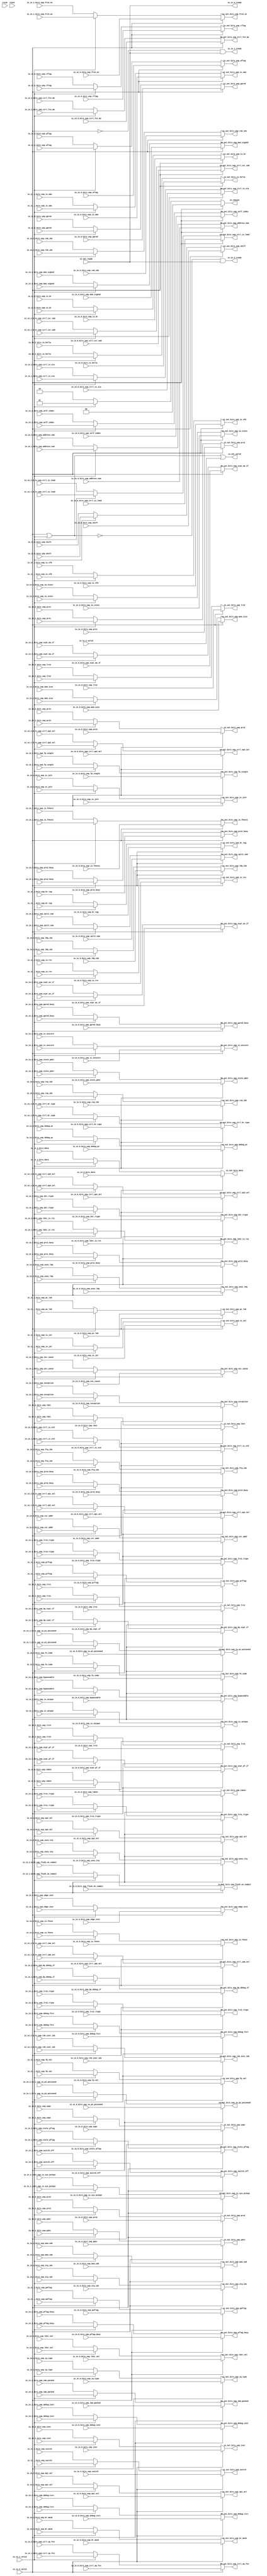
module Arbiter_6(
  input         clock,
  input         reset,
  output        io_in_0_ready,
  input         io_in_0_valid,
  input         io_in_0_bits_uop_switch,
  input         io_in_0_bits_uop_switch_off,
  input         io_in_0_bits_uop_is_unicore,
  input  [2:0]  io_in_0_bits_uop_shift,
  input  [1:0]  io_in_0_bits_uop_lrs3_rtype,
  input         io_in_0_bits_uop_rflag,
  input         io_in_0_bits_uop_wflag,
  input  [3:0]  io_in_0_bits_uop_prflag,
  input  [3:0]  io_in_0_bits_uop_pwflag,
  input         io_in_0_bits_uop_pflag_busy,
  input  [3:0]  io_in_0_bits_uop_stale_pflag,
  input  [3:0]  io_in_0_bits_uop_op1_sel,
  input  [3:0]  io_in_0_bits_uop_op2_sel,
  input  [5:0]  io_in_0_bits_uop_split_num,
  input  [5:0]  io_in_0_bits_uop_self_index,
  input  [5:0]  io_in_0_bits_uop_rob_inst_idx,
  input  [5:0]  io_in_0_bits_uop_address_num,
  input  [6:0]  io_in_0_bits_uop_uopc,
  input  [31:0] io_in_0_bits_uop_inst,
  input  [31:0] io_in_0_bits_uop_debug_inst,
  input         io_in_0_bits_uop_is_rvc,
  input  [39:0] io_in_0_bits_uop_debug_pc,
  input  [2:0]  io_in_0_bits_uop_iq_type,
  input  [9:0]  io_in_0_bits_uop_fu_code,
  input  [3:0]  io_in_0_bits_uop_ctrl_br_type,
  input  [1:0]  io_in_0_bits_uop_ctrl_op1_sel,
  input  [2:0]  io_in_0_bits_uop_ctrl_op2_sel,
  input  [2:0]  io_in_0_bits_uop_ctrl_imm_sel,
  input  [3:0]  io_in_0_bits_uop_ctrl_op_fcn,
  input         io_in_0_bits_uop_ctrl_fcn_dw,
  input  [2:0]  io_in_0_bits_uop_ctrl_csr_cmd,
  input         io_in_0_bits_uop_ctrl_is_load,
  input         io_in_0_bits_uop_ctrl_is_sta,
  input         io_in_0_bits_uop_ctrl_is_std,
  input  [1:0]  io_in_0_bits_uop_ctrl_op3_sel,
  input  [1:0]  io_in_0_bits_uop_iw_state,
  input         io_in_0_bits_uop_iw_p1_poisoned,
  input         io_in_0_bits_uop_iw_p2_poisoned,
  input         io_in_0_bits_uop_is_br,
  input         io_in_0_bits_uop_is_jalr,
  input         io_in_0_bits_uop_is_jal,
  input         io_in_0_bits_uop_is_sfb,
  input  [11:0] io_in_0_bits_uop_br_mask,
  input  [3:0]  io_in_0_bits_uop_br_tag,
  input  [4:0]  io_in_0_bits_uop_ftq_idx,
  input         io_in_0_bits_uop_edge_inst,
  input  [5:0]  io_in_0_bits_uop_pc_lob,
  input         io_in_0_bits_uop_taken,
  input  [19:0] io_in_0_bits_uop_imm_packed,
  input  [11:0] io_in_0_bits_uop_csr_addr,
  input  [5:0]  io_in_0_bits_uop_rob_idx,
  input  [4:0]  io_in_0_bits_uop_ldq_idx,
  input  [4:0]  io_in_0_bits_uop_stq_idx,
  input  [1:0]  io_in_0_bits_uop_rxq_idx,
  input  [6:0]  io_in_0_bits_uop_pdst,
  input  [6:0]  io_in_0_bits_uop_prs1,
  input  [6:0]  io_in_0_bits_uop_prs2,
  input  [6:0]  io_in_0_bits_uop_prs3,
  input  [4:0]  io_in_0_bits_uop_ppred,
  input         io_in_0_bits_uop_prs1_busy,
  input         io_in_0_bits_uop_prs2_busy,
  input         io_in_0_bits_uop_prs3_busy,
  input         io_in_0_bits_uop_ppred_busy,
  input  [6:0]  io_in_0_bits_uop_stale_pdst,
  input         io_in_0_bits_uop_exception,
  input  [63:0] io_in_0_bits_uop_exc_cause,
  input         io_in_0_bits_uop_bypassable,
  input  [4:0]  io_in_0_bits_uop_mem_cmd,
  input  [1:0]  io_in_0_bits_uop_mem_size,
  input         io_in_0_bits_uop_mem_signed,
  input         io_in_0_bits_uop_is_fence,
  input         io_in_0_bits_uop_is_fencei,
  input         io_in_0_bits_uop_is_amo,
  input         io_in_0_bits_uop_uses_ldq,
  input         io_in_0_bits_uop_uses_stq,
  input         io_in_0_bits_uop_is_sys_pc2epc,
  input         io_in_0_bits_uop_is_unique,
  input         io_in_0_bits_uop_flush_on_commit,
  input         io_in_0_bits_uop_ldst_is_rs1,
  input  [5:0]  io_in_0_bits_uop_ldst,
  input  [5:0]  io_in_0_bits_uop_lrs1,
  input  [5:0]  io_in_0_bits_uop_lrs2,
  input  [5:0]  io_in_0_bits_uop_lrs3,
  input         io_in_0_bits_uop_ldst_val,
  input  [1:0]  io_in_0_bits_uop_dst_rtype,
  input  [1:0]  io_in_0_bits_uop_lrs1_rtype,
  input  [1:0]  io_in_0_bits_uop_lrs2_rtype,
  input         io_in_0_bits_uop_frs3_en,
  input         io_in_0_bits_uop_fp_val,
  input         io_in_0_bits_uop_fp_single,
  input         io_in_0_bits_uop_xcpt_pf_if,
  input         io_in_0_bits_uop_xcpt_ae_if,
  input         io_in_0_bits_uop_xcpt_ma_if,
  input         io_in_0_bits_uop_bp_debug_if,
  input         io_in_0_bits_uop_bp_xcpt_if,
  input  [1:0]  io_in_0_bits_uop_debug_fsrc,
  input  [1:0]  io_in_0_bits_uop_debug_tsrc,
  input  [63:0] io_in_0_bits_data,
  input         io_in_0_bits_is_hella,
  output        io_in_1_ready,
  input         io_in_1_valid,
  input         io_in_1_bits_uop_switch,
  input         io_in_1_bits_uop_switch_off,
  input         io_in_1_bits_uop_is_unicore,
  input  [2:0]  io_in_1_bits_uop_shift,
  input  [1:0]  io_in_1_bits_uop_lrs3_rtype,
  input         io_in_1_bits_uop_rflag,
  input         io_in_1_bits_uop_wflag,
  input  [3:0]  io_in_1_bits_uop_prflag,
  input  [3:0]  io_in_1_bits_uop_pwflag,
  input         io_in_1_bits_uop_pflag_busy,
  input  [3:0]  io_in_1_bits_uop_stale_pflag,
  input  [3:0]  io_in_1_bits_uop_op1_sel,
  input  [3:0]  io_in_1_bits_uop_op2_sel,
  input  [5:0]  io_in_1_bits_uop_split_num,
  input  [5:0]  io_in_1_bits_uop_self_index,
  input  [5:0]  io_in_1_bits_uop_rob_inst_idx,
  input  [5:0]  io_in_1_bits_uop_address_num,
  input  [6:0]  io_in_1_bits_uop_uopc,
  input  [31:0] io_in_1_bits_uop_inst,
  input  [31:0] io_in_1_bits_uop_debug_inst,
  input         io_in_1_bits_uop_is_rvc,
  input  [39:0] io_in_1_bits_uop_debug_pc,
  input  [2:0]  io_in_1_bits_uop_iq_type,
  input  [9:0]  io_in_1_bits_uop_fu_code,
  input  [3:0]  io_in_1_bits_uop_ctrl_br_type,
  input  [1:0]  io_in_1_bits_uop_ctrl_op1_sel,
  input  [2:0]  io_in_1_bits_uop_ctrl_op2_sel,
  input  [2:0]  io_in_1_bits_uop_ctrl_imm_sel,
  input  [3:0]  io_in_1_bits_uop_ctrl_op_fcn,
  input         io_in_1_bits_uop_ctrl_fcn_dw,
  input  [2:0]  io_in_1_bits_uop_ctrl_csr_cmd,
  input         io_in_1_bits_uop_ctrl_is_load,
  input         io_in_1_bits_uop_ctrl_is_sta,
  input         io_in_1_bits_uop_ctrl_is_std,
  input  [1:0]  io_in_1_bits_uop_ctrl_op3_sel,
  input  [1:0]  io_in_1_bits_uop_iw_state,
  input         io_in_1_bits_uop_iw_p1_poisoned,
  input         io_in_1_bits_uop_iw_p2_poisoned,
  input         io_in_1_bits_uop_is_br,
  input         io_in_1_bits_uop_is_jalr,
  input         io_in_1_bits_uop_is_jal,
  input         io_in_1_bits_uop_is_sfb,
  input  [11:0] io_in_1_bits_uop_br_mask,
  input  [3:0]  io_in_1_bits_uop_br_tag,
  input  [4:0]  io_in_1_bits_uop_ftq_idx,
  input         io_in_1_bits_uop_edge_inst,
  input  [5:0]  io_in_1_bits_uop_pc_lob,
  input         io_in_1_bits_uop_taken,
  input  [19:0] io_in_1_bits_uop_imm_packed,
  input  [11:0] io_in_1_bits_uop_csr_addr,
  input  [5:0]  io_in_1_bits_uop_rob_idx,
  input  [4:0]  io_in_1_bits_uop_ldq_idx,
  input  [4:0]  io_in_1_bits_uop_stq_idx,
  input  [1:0]  io_in_1_bits_uop_rxq_idx,
  input  [6:0]  io_in_1_bits_uop_pdst,
  input  [6:0]  io_in_1_bits_uop_prs1,
  input  [6:0]  io_in_1_bits_uop_prs2,
  input  [6:0]  io_in_1_bits_uop_prs3,
  input  [4:0]  io_in_1_bits_uop_ppred,
  input         io_in_1_bits_uop_prs1_busy,
  input         io_in_1_bits_uop_prs2_busy,
  input         io_in_1_bits_uop_prs3_busy,
  input         io_in_1_bits_uop_ppred_busy,
  input  [6:0]  io_in_1_bits_uop_stale_pdst,
  input         io_in_1_bits_uop_exception,
  input  [63:0] io_in_1_bits_uop_exc_cause,
  input         io_in_1_bits_uop_bypassable,
  input  [4:0]  io_in_1_bits_uop_mem_cmd,
  input  [1:0]  io_in_1_bits_uop_mem_size,
  input         io_in_1_bits_uop_mem_signed,
  input         io_in_1_bits_uop_is_fence,
  input         io_in_1_bits_uop_is_fencei,
  input         io_in_1_bits_uop_is_amo,
  input         io_in_1_bits_uop_uses_ldq,
  input         io_in_1_bits_uop_uses_stq,
  input         io_in_1_bits_uop_is_sys_pc2epc,
  input         io_in_1_bits_uop_is_unique,
  input         io_in_1_bits_uop_flush_on_commit,
  input         io_in_1_bits_uop_ldst_is_rs1,
  input  [5:0]  io_in_1_bits_uop_ldst,
  input  [5:0]  io_in_1_bits_uop_lrs1,
  input  [5:0]  io_in_1_bits_uop_lrs2,
  input  [5:0]  io_in_1_bits_uop_lrs3,
  input         io_in_1_bits_uop_ldst_val,
  input  [1:0]  io_in_1_bits_uop_dst_rtype,
  input  [1:0]  io_in_1_bits_uop_lrs1_rtype,
  input  [1:0]  io_in_1_bits_uop_lrs2_rtype,
  input         io_in_1_bits_uop_frs3_en,
  input         io_in_1_bits_uop_fp_val,
  input         io_in_1_bits_uop_fp_single,
  input         io_in_1_bits_uop_xcpt_pf_if,
  input         io_in_1_bits_uop_xcpt_ae_if,
  input         io_in_1_bits_uop_xcpt_ma_if,
  input         io_in_1_bits_uop_bp_debug_if,
  input         io_in_1_bits_uop_bp_xcpt_if,
  input  [1:0]  io_in_1_bits_uop_debug_fsrc,
  input  [1:0]  io_in_1_bits_uop_debug_tsrc,
  input  [63:0] io_in_1_bits_data,
  input         io_in_1_bits_is_hella,
  output        io_in_2_ready,
  input         io_in_2_valid,
  input         io_in_2_bits_uop_switch,
  input         io_in_2_bits_uop_switch_off,
  input         io_in_2_bits_uop_is_unicore,
  input  [2:0]  io_in_2_bits_uop_shift,
  input  [1:0]  io_in_2_bits_uop_lrs3_rtype,
  input         io_in_2_bits_uop_rflag,
  input         io_in_2_bits_uop_wflag,
  input  [3:0]  io_in_2_bits_uop_prflag,
  input  [3:0]  io_in_2_bits_uop_pwflag,
  input         io_in_2_bits_uop_pflag_busy,
  input  [3:0]  io_in_2_bits_uop_stale_pflag,
  input  [3:0]  io_in_2_bits_uop_op1_sel,
  input  [3:0]  io_in_2_bits_uop_op2_sel,
  input  [5:0]  io_in_2_bits_uop_split_num,
  input  [5:0]  io_in_2_bits_uop_self_index,
  input  [5:0]  io_in_2_bits_uop_rob_inst_idx,
  input  [5:0]  io_in_2_bits_uop_address_num,
  input  [6:0]  io_in_2_bits_uop_uopc,
  input  [31:0] io_in_2_bits_uop_inst,
  input  [31:0] io_in_2_bits_uop_debug_inst,
  input         io_in_2_bits_uop_is_rvc,
  input  [39:0] io_in_2_bits_uop_debug_pc,
  input  [2:0]  io_in_2_bits_uop_iq_type,
  input  [9:0]  io_in_2_bits_uop_fu_code,
  input  [3:0]  io_in_2_bits_uop_ctrl_br_type,
  input  [1:0]  io_in_2_bits_uop_ctrl_op1_sel,
  input  [2:0]  io_in_2_bits_uop_ctrl_op2_sel,
  input  [2:0]  io_in_2_bits_uop_ctrl_imm_sel,
  input  [3:0]  io_in_2_bits_uop_ctrl_op_fcn,
  input         io_in_2_bits_uop_ctrl_fcn_dw,
  input  [2:0]  io_in_2_bits_uop_ctrl_csr_cmd,
  input         io_in_2_bits_uop_ctrl_is_load,
  input         io_in_2_bits_uop_ctrl_is_sta,
  input         io_in_2_bits_uop_ctrl_is_std,
  input  [1:0]  io_in_2_bits_uop_ctrl_op3_sel,
  input  [1:0]  io_in_2_bits_uop_iw_state,
  input         io_in_2_bits_uop_iw_p1_poisoned,
  input         io_in_2_bits_uop_iw_p2_poisoned,
  input         io_in_2_bits_uop_is_br,
  input         io_in_2_bits_uop_is_jalr,
  input         io_in_2_bits_uop_is_jal,
  input         io_in_2_bits_uop_is_sfb,
  input  [11:0] io_in_2_bits_uop_br_mask,
  input  [3:0]  io_in_2_bits_uop_br_tag,
  input  [4:0]  io_in_2_bits_uop_ftq_idx,
  input         io_in_2_bits_uop_edge_inst,
  input  [5:0]  io_in_2_bits_uop_pc_lob,
  input         io_in_2_bits_uop_taken,
  input  [19:0] io_in_2_bits_uop_imm_packed,
  input  [11:0] io_in_2_bits_uop_csr_addr,
  input  [5:0]  io_in_2_bits_uop_rob_idx,
  input  [4:0]  io_in_2_bits_uop_ldq_idx,
  input  [4:0]  io_in_2_bits_uop_stq_idx,
  input  [1:0]  io_in_2_bits_uop_rxq_idx,
  input  [6:0]  io_in_2_bits_uop_pdst,
  input  [6:0]  io_in_2_bits_uop_prs1,
  input  [6:0]  io_in_2_bits_uop_prs2,
  input  [6:0]  io_in_2_bits_uop_prs3,
  input  [4:0]  io_in_2_bits_uop_ppred,
  input         io_in_2_bits_uop_prs1_busy,
  input         io_in_2_bits_uop_prs2_busy,
  input         io_in_2_bits_uop_prs3_busy,
  input         io_in_2_bits_uop_ppred_busy,
  input  [6:0]  io_in_2_bits_uop_stale_pdst,
  input         io_in_2_bits_uop_exception,
  input  [63:0] io_in_2_bits_uop_exc_cause,
  input         io_in_2_bits_uop_bypassable,
  input  [4:0]  io_in_2_bits_uop_mem_cmd,
  input  [1:0]  io_in_2_bits_uop_mem_size,
  input         io_in_2_bits_uop_mem_signed,
  input         io_in_2_bits_uop_is_fence,
  input         io_in_2_bits_uop_is_fencei,
  input         io_in_2_bits_uop_is_amo,
  input         io_in_2_bits_uop_uses_ldq,
  input         io_in_2_bits_uop_uses_stq,
  input         io_in_2_bits_uop_is_sys_pc2epc,
  input         io_in_2_bits_uop_is_unique,
  input         io_in_2_bits_uop_flush_on_commit,
  input         io_in_2_bits_uop_ldst_is_rs1,
  input  [5:0]  io_in_2_bits_uop_ldst,
  input  [5:0]  io_in_2_bits_uop_lrs1,
  input  [5:0]  io_in_2_bits_uop_lrs2,
  input  [5:0]  io_in_2_bits_uop_lrs3,
  input         io_in_2_bits_uop_ldst_val,
  input  [1:0]  io_in_2_bits_uop_dst_rtype,
  input  [1:0]  io_in_2_bits_uop_lrs1_rtype,
  input  [1:0]  io_in_2_bits_uop_lrs2_rtype,
  input         io_in_2_bits_uop_frs3_en,
  input         io_in_2_bits_uop_fp_val,
  input         io_in_2_bits_uop_fp_single,
  input         io_in_2_bits_uop_xcpt_pf_if,
  input         io_in_2_bits_uop_xcpt_ae_if,
  input         io_in_2_bits_uop_xcpt_ma_if,
  input         io_in_2_bits_uop_bp_debug_if,
  input         io_in_2_bits_uop_bp_xcpt_if,
  input  [1:0]  io_in_2_bits_uop_debug_fsrc,
  input  [1:0]  io_in_2_bits_uop_debug_tsrc,
  input  [63:0] io_in_2_bits_data,
  input         io_in_2_bits_is_hella,
  input         io_out_ready,
  output        io_out_valid,
  output        io_out_bits_uop_switch,
  output        io_out_bits_uop_switch_off,
  output        io_out_bits_uop_is_unicore,
  output [2:0]  io_out_bits_uop_shift,
  output [1:0]  io_out_bits_uop_lrs3_rtype,
  output        io_out_bits_uop_rflag,
  output        io_out_bits_uop_wflag,
  output [3:0]  io_out_bits_uop_prflag,
  output [3:0]  io_out_bits_uop_pwflag,
  output        io_out_bits_uop_pflag_busy,
  output [3:0]  io_out_bits_uop_stale_pflag,
  output [3:0]  io_out_bits_uop_op1_sel,
  output [3:0]  io_out_bits_uop_op2_sel,
  output [5:0]  io_out_bits_uop_split_num,
  output [5:0]  io_out_bits_uop_self_index,
  output [5:0]  io_out_bits_uop_rob_inst_idx,
  output [5:0]  io_out_bits_uop_address_num,
  output [6:0]  io_out_bits_uop_uopc,
  output [31:0] io_out_bits_uop_inst,
  output [31:0] io_out_bits_uop_debug_inst,
  output        io_out_bits_uop_is_rvc,
  output [39:0] io_out_bits_uop_debug_pc,
  output [2:0]  io_out_bits_uop_iq_type,
  output [9:0]  io_out_bits_uop_fu_code,
  output [3:0]  io_out_bits_uop_ctrl_br_type,
  output [1:0]  io_out_bits_uop_ctrl_op1_sel,
  output [2:0]  io_out_bits_uop_ctrl_op2_sel,
  output [2:0]  io_out_bits_uop_ctrl_imm_sel,
  output [3:0]  io_out_bits_uop_ctrl_op_fcn,
  output        io_out_bits_uop_ctrl_fcn_dw,
  output [2:0]  io_out_bits_uop_ctrl_csr_cmd,
  output        io_out_bits_uop_ctrl_is_load,
  output        io_out_bits_uop_ctrl_is_sta,
  output        io_out_bits_uop_ctrl_is_std,
  output [1:0]  io_out_bits_uop_ctrl_op3_sel,
  output [1:0]  io_out_bits_uop_iw_state,
  output        io_out_bits_uop_iw_p1_poisoned,
  output        io_out_bits_uop_iw_p2_poisoned,
  output        io_out_bits_uop_is_br,
  output        io_out_bits_uop_is_jalr,
  output        io_out_bits_uop_is_jal,
  output        io_out_bits_uop_is_sfb,
  output [11:0] io_out_bits_uop_br_mask,
  output [3:0]  io_out_bits_uop_br_tag,
  output [4:0]  io_out_bits_uop_ftq_idx,
  output        io_out_bits_uop_edge_inst,
  output [5:0]  io_out_bits_uop_pc_lob,
  output        io_out_bits_uop_taken,
  output [19:0] io_out_bits_uop_imm_packed,
  output [11:0] io_out_bits_uop_csr_addr,
  output [5:0]  io_out_bits_uop_rob_idx,
  output [4:0]  io_out_bits_uop_ldq_idx,
  output [4:0]  io_out_bits_uop_stq_idx,
  output [1:0]  io_out_bits_uop_rxq_idx,
  output [6:0]  io_out_bits_uop_pdst,
  output [6:0]  io_out_bits_uop_prs1,
  output [6:0]  io_out_bits_uop_prs2,
  output [6:0]  io_out_bits_uop_prs3,
  output [4:0]  io_out_bits_uop_ppred,
  output        io_out_bits_uop_prs1_busy,
  output        io_out_bits_uop_prs2_busy,
  output        io_out_bits_uop_prs3_busy,
  output        io_out_bits_uop_ppred_busy,
  output [6:0]  io_out_bits_uop_stale_pdst,
  output        io_out_bits_uop_exception,
  output [63:0] io_out_bits_uop_exc_cause,
  output        io_out_bits_uop_bypassable,
  output [4:0]  io_out_bits_uop_mem_cmd,
  output [1:0]  io_out_bits_uop_mem_size,
  output        io_out_bits_uop_mem_signed,
  output        io_out_bits_uop_is_fence,
  output        io_out_bits_uop_is_fencei,
  output        io_out_bits_uop_is_amo,
  output        io_out_bits_uop_uses_ldq,
  output        io_out_bits_uop_uses_stq,
  output        io_out_bits_uop_is_sys_pc2epc,
  output        io_out_bits_uop_is_unique,
  output        io_out_bits_uop_flush_on_commit,
  output        io_out_bits_uop_ldst_is_rs1,
  output [5:0]  io_out_bits_uop_ldst,
  output [5:0]  io_out_bits_uop_lrs1,
  output [5:0]  io_out_bits_uop_lrs2,
  output [5:0]  io_out_bits_uop_lrs3,
  output        io_out_bits_uop_ldst_val,
  output [1:0]  io_out_bits_uop_dst_rtype,
  output [1:0]  io_out_bits_uop_lrs1_rtype,
  output [1:0]  io_out_bits_uop_lrs2_rtype,
  output        io_out_bits_uop_frs3_en,
  output        io_out_bits_uop_fp_val,
  output        io_out_bits_uop_fp_single,
  output        io_out_bits_uop_xcpt_pf_if,
  output        io_out_bits_uop_xcpt_ae_if,
  output        io_out_bits_uop_xcpt_ma_if,
  output        io_out_bits_uop_bp_debug_if,
  output        io_out_bits_uop_bp_xcpt_if,
  output [1:0]  io_out_bits_uop_debug_fsrc,
  output [1:0]  io_out_bits_uop_debug_tsrc,
  output [63:0] io_out_bits_data,
  output        io_out_bits_is_hella,
  output [1:0]  io_chosen
);
  wire [1:0] _GEN_0 = io_in_1_valid ? 2'h1 : 2'h2; // @[Arbiter.scala 126:27 Arbiter.scala 127:17 Arbiter.scala 123:13]
  wire  _GEN_1 = io_in_1_valid ? io_in_1_bits_is_hella : io_in_2_bits_is_hella; // @[Arbiter.scala 126:27 Arbiter.scala 128:19 Arbiter.scala 124:15]
  wire [63:0] _GEN_2 = io_in_1_valid ? io_in_1_bits_data : io_in_2_bits_data; // @[Arbiter.scala 126:27 Arbiter.scala 128:19 Arbiter.scala 124:15]
  wire [1:0] _GEN_3 = io_in_1_valid ? io_in_1_bits_uop_debug_tsrc : io_in_2_bits_uop_debug_tsrc; // @[Arbiter.scala 126:27 Arbiter.scala 128:19 Arbiter.scala 124:15]
  wire [1:0] _GEN_4 = io_in_1_valid ? io_in_1_bits_uop_debug_fsrc : io_in_2_bits_uop_debug_fsrc; // @[Arbiter.scala 126:27 Arbiter.scala 128:19 Arbiter.scala 124:15]
  wire  _GEN_5 = io_in_1_valid ? io_in_1_bits_uop_bp_xcpt_if : io_in_2_bits_uop_bp_xcpt_if; // @[Arbiter.scala 126:27 Arbiter.scala 128:19 Arbiter.scala 124:15]
  wire  _GEN_6 = io_in_1_valid ? io_in_1_bits_uop_bp_debug_if : io_in_2_bits_uop_bp_debug_if; // @[Arbiter.scala 126:27 Arbiter.scala 128:19 Arbiter.scala 124:15]
  wire  _GEN_7 = io_in_1_valid ? io_in_1_bits_uop_xcpt_ma_if : io_in_2_bits_uop_xcpt_ma_if; // @[Arbiter.scala 126:27 Arbiter.scala 128:19 Arbiter.scala 124:15]
  wire  _GEN_8 = io_in_1_valid ? io_in_1_bits_uop_xcpt_ae_if : io_in_2_bits_uop_xcpt_ae_if; // @[Arbiter.scala 126:27 Arbiter.scala 128:19 Arbiter.scala 124:15]
  wire  _GEN_9 = io_in_1_valid ? io_in_1_bits_uop_xcpt_pf_if : io_in_2_bits_uop_xcpt_pf_if; // @[Arbiter.scala 126:27 Arbiter.scala 128:19 Arbiter.scala 124:15]
  wire  _GEN_10 = io_in_1_valid ? io_in_1_bits_uop_fp_single : io_in_2_bits_uop_fp_single; // @[Arbiter.scala 126:27 Arbiter.scala 128:19 Arbiter.scala 124:15]
  wire  _GEN_11 = io_in_1_valid ? io_in_1_bits_uop_fp_val : io_in_2_bits_uop_fp_val; // @[Arbiter.scala 126:27 Arbiter.scala 128:19 Arbiter.scala 124:15]
  wire  _GEN_12 = io_in_1_valid ? io_in_1_bits_uop_frs3_en : io_in_2_bits_uop_frs3_en; // @[Arbiter.scala 126:27 Arbiter.scala 128:19 Arbiter.scala 124:15]
  wire [1:0] _GEN_13 = io_in_1_valid ? io_in_1_bits_uop_lrs2_rtype : io_in_2_bits_uop_lrs2_rtype; // @[Arbiter.scala 126:27 Arbiter.scala 128:19 Arbiter.scala 124:15]
  wire [1:0] _GEN_14 = io_in_1_valid ? io_in_1_bits_uop_lrs1_rtype : io_in_2_bits_uop_lrs1_rtype; // @[Arbiter.scala 126:27 Arbiter.scala 128:19 Arbiter.scala 124:15]
  wire [1:0] _GEN_15 = io_in_1_valid ? io_in_1_bits_uop_dst_rtype : io_in_2_bits_uop_dst_rtype; // @[Arbiter.scala 126:27 Arbiter.scala 128:19 Arbiter.scala 124:15]
  wire  _GEN_16 = io_in_1_valid ? io_in_1_bits_uop_ldst_val : io_in_2_bits_uop_ldst_val; // @[Arbiter.scala 126:27 Arbiter.scala 128:19 Arbiter.scala 124:15]
  wire [5:0] _GEN_17 = io_in_1_valid ? io_in_1_bits_uop_lrs3 : io_in_2_bits_uop_lrs3; // @[Arbiter.scala 126:27 Arbiter.scala 128:19 Arbiter.scala 124:15]
  wire [5:0] _GEN_18 = io_in_1_valid ? io_in_1_bits_uop_lrs2 : io_in_2_bits_uop_lrs2; // @[Arbiter.scala 126:27 Arbiter.scala 128:19 Arbiter.scala 124:15]
  wire [5:0] _GEN_19 = io_in_1_valid ? io_in_1_bits_uop_lrs1 : io_in_2_bits_uop_lrs1; // @[Arbiter.scala 126:27 Arbiter.scala 128:19 Arbiter.scala 124:15]
  wire [5:0] _GEN_20 = io_in_1_valid ? io_in_1_bits_uop_ldst : io_in_2_bits_uop_ldst; // @[Arbiter.scala 126:27 Arbiter.scala 128:19 Arbiter.scala 124:15]
  wire  _GEN_21 = io_in_1_valid ? io_in_1_bits_uop_ldst_is_rs1 : io_in_2_bits_uop_ldst_is_rs1; // @[Arbiter.scala 126:27 Arbiter.scala 128:19 Arbiter.scala 124:15]
  wire  _GEN_22 = io_in_1_valid ? io_in_1_bits_uop_flush_on_commit : io_in_2_bits_uop_flush_on_commit; // @[Arbiter.scala 126:27 Arbiter.scala 128:19 Arbiter.scala 124:15]
  wire  _GEN_23 = io_in_1_valid ? io_in_1_bits_uop_is_unique : io_in_2_bits_uop_is_unique; // @[Arbiter.scala 126:27 Arbiter.scala 128:19 Arbiter.scala 124:15]
  wire  _GEN_24 = io_in_1_valid ? io_in_1_bits_uop_is_sys_pc2epc : io_in_2_bits_uop_is_sys_pc2epc; // @[Arbiter.scala 126:27 Arbiter.scala 128:19 Arbiter.scala 124:15]
  wire  _GEN_25 = io_in_1_valid ? io_in_1_bits_uop_uses_stq : io_in_2_bits_uop_uses_stq; // @[Arbiter.scala 126:27 Arbiter.scala 128:19 Arbiter.scala 124:15]
  wire  _GEN_26 = io_in_1_valid ? io_in_1_bits_uop_uses_ldq : io_in_2_bits_uop_uses_ldq; // @[Arbiter.scala 126:27 Arbiter.scala 128:19 Arbiter.scala 124:15]
  wire  _GEN_27 = io_in_1_valid ? io_in_1_bits_uop_is_amo : io_in_2_bits_uop_is_amo; // @[Arbiter.scala 126:27 Arbiter.scala 128:19 Arbiter.scala 124:15]
  wire  _GEN_28 = io_in_1_valid ? io_in_1_bits_uop_is_fencei : io_in_2_bits_uop_is_fencei; // @[Arbiter.scala 126:27 Arbiter.scala 128:19 Arbiter.scala 124:15]
  wire  _GEN_29 = io_in_1_valid ? io_in_1_bits_uop_is_fence : io_in_2_bits_uop_is_fence; // @[Arbiter.scala 126:27 Arbiter.scala 128:19 Arbiter.scala 124:15]
  wire  _GEN_30 = io_in_1_valid ? io_in_1_bits_uop_mem_signed : io_in_2_bits_uop_mem_signed; // @[Arbiter.scala 126:27 Arbiter.scala 128:19 Arbiter.scala 124:15]
  wire [1:0] _GEN_31 = io_in_1_valid ? io_in_1_bits_uop_mem_size : io_in_2_bits_uop_mem_size; // @[Arbiter.scala 126:27 Arbiter.scala 128:19 Arbiter.scala 124:15]
  wire [4:0] _GEN_32 = io_in_1_valid ? io_in_1_bits_uop_mem_cmd : io_in_2_bits_uop_mem_cmd; // @[Arbiter.scala 126:27 Arbiter.scala 128:19 Arbiter.scala 124:15]
  wire  _GEN_33 = io_in_1_valid ? io_in_1_bits_uop_bypassable : io_in_2_bits_uop_bypassable; // @[Arbiter.scala 126:27 Arbiter.scala 128:19 Arbiter.scala 124:15]
  wire [63:0] _GEN_34 = io_in_1_valid ? io_in_1_bits_uop_exc_cause : io_in_2_bits_uop_exc_cause; // @[Arbiter.scala 126:27 Arbiter.scala 128:19 Arbiter.scala 124:15]
  wire  _GEN_35 = io_in_1_valid ? io_in_1_bits_uop_exception : io_in_2_bits_uop_exception; // @[Arbiter.scala 126:27 Arbiter.scala 128:19 Arbiter.scala 124:15]
  wire [6:0] _GEN_36 = io_in_1_valid ? io_in_1_bits_uop_stale_pdst : io_in_2_bits_uop_stale_pdst; // @[Arbiter.scala 126:27 Arbiter.scala 128:19 Arbiter.scala 124:15]
  wire  _GEN_37 = io_in_1_valid ? io_in_1_bits_uop_ppred_busy : io_in_2_bits_uop_ppred_busy; // @[Arbiter.scala 126:27 Arbiter.scala 128:19 Arbiter.scala 124:15]
  wire  _GEN_38 = io_in_1_valid ? io_in_1_bits_uop_prs3_busy : io_in_2_bits_uop_prs3_busy; // @[Arbiter.scala 126:27 Arbiter.scala 128:19 Arbiter.scala 124:15]
  wire  _GEN_39 = io_in_1_valid ? io_in_1_bits_uop_prs2_busy : io_in_2_bits_uop_prs2_busy; // @[Arbiter.scala 126:27 Arbiter.scala 128:19 Arbiter.scala 124:15]
  wire  _GEN_40 = io_in_1_valid ? io_in_1_bits_uop_prs1_busy : io_in_2_bits_uop_prs1_busy; // @[Arbiter.scala 126:27 Arbiter.scala 128:19 Arbiter.scala 124:15]
  wire [4:0] _GEN_41 = io_in_1_valid ? io_in_1_bits_uop_ppred : io_in_2_bits_uop_ppred; // @[Arbiter.scala 126:27 Arbiter.scala 128:19 Arbiter.scala 124:15]
  wire [6:0] _GEN_42 = io_in_1_valid ? io_in_1_bits_uop_prs3 : io_in_2_bits_uop_prs3; // @[Arbiter.scala 126:27 Arbiter.scala 128:19 Arbiter.scala 124:15]
  wire [6:0] _GEN_43 = io_in_1_valid ? io_in_1_bits_uop_prs2 : io_in_2_bits_uop_prs2; // @[Arbiter.scala 126:27 Arbiter.scala 128:19 Arbiter.scala 124:15]
  wire [6:0] _GEN_44 = io_in_1_valid ? io_in_1_bits_uop_prs1 : io_in_2_bits_uop_prs1; // @[Arbiter.scala 126:27 Arbiter.scala 128:19 Arbiter.scala 124:15]
  wire [6:0] _GEN_45 = io_in_1_valid ? io_in_1_bits_uop_pdst : io_in_2_bits_uop_pdst; // @[Arbiter.scala 126:27 Arbiter.scala 128:19 Arbiter.scala 124:15]
  wire [1:0] _GEN_46 = io_in_1_valid ? io_in_1_bits_uop_rxq_idx : io_in_2_bits_uop_rxq_idx; // @[Arbiter.scala 126:27 Arbiter.scala 128:19 Arbiter.scala 124:15]
  wire [4:0] _GEN_47 = io_in_1_valid ? io_in_1_bits_uop_stq_idx : io_in_2_bits_uop_stq_idx; // @[Arbiter.scala 126:27 Arbiter.scala 128:19 Arbiter.scala 124:15]
  wire [4:0] _GEN_48 = io_in_1_valid ? io_in_1_bits_uop_ldq_idx : io_in_2_bits_uop_ldq_idx; // @[Arbiter.scala 126:27 Arbiter.scala 128:19 Arbiter.scala 124:15]
  wire [5:0] _GEN_49 = io_in_1_valid ? io_in_1_bits_uop_rob_idx : io_in_2_bits_uop_rob_idx; // @[Arbiter.scala 126:27 Arbiter.scala 128:19 Arbiter.scala 124:15]
  wire [11:0] _GEN_50 = io_in_1_valid ? io_in_1_bits_uop_csr_addr : io_in_2_bits_uop_csr_addr; // @[Arbiter.scala 126:27 Arbiter.scala 128:19 Arbiter.scala 124:15]
  wire [19:0] _GEN_51 = io_in_1_valid ? io_in_1_bits_uop_imm_packed : io_in_2_bits_uop_imm_packed; // @[Arbiter.scala 126:27 Arbiter.scala 128:19 Arbiter.scala 124:15]
  wire  _GEN_52 = io_in_1_valid ? io_in_1_bits_uop_taken : io_in_2_bits_uop_taken; // @[Arbiter.scala 126:27 Arbiter.scala 128:19 Arbiter.scala 124:15]
  wire [5:0] _GEN_53 = io_in_1_valid ? io_in_1_bits_uop_pc_lob : io_in_2_bits_uop_pc_lob; // @[Arbiter.scala 126:27 Arbiter.scala 128:19 Arbiter.scala 124:15]
  wire  _GEN_54 = io_in_1_valid ? io_in_1_bits_uop_edge_inst : io_in_2_bits_uop_edge_inst; // @[Arbiter.scala 126:27 Arbiter.scala 128:19 Arbiter.scala 124:15]
  wire [4:0] _GEN_55 = io_in_1_valid ? io_in_1_bits_uop_ftq_idx : io_in_2_bits_uop_ftq_idx; // @[Arbiter.scala 126:27 Arbiter.scala 128:19 Arbiter.scala 124:15]
  wire [3:0] _GEN_56 = io_in_1_valid ? io_in_1_bits_uop_br_tag : io_in_2_bits_uop_br_tag; // @[Arbiter.scala 126:27 Arbiter.scala 128:19 Arbiter.scala 124:15]
  wire [11:0] _GEN_57 = io_in_1_valid ? io_in_1_bits_uop_br_mask : io_in_2_bits_uop_br_mask; // @[Arbiter.scala 126:27 Arbiter.scala 128:19 Arbiter.scala 124:15]
  wire  _GEN_58 = io_in_1_valid ? io_in_1_bits_uop_is_sfb : io_in_2_bits_uop_is_sfb; // @[Arbiter.scala 126:27 Arbiter.scala 128:19 Arbiter.scala 124:15]
  wire  _GEN_59 = io_in_1_valid ? io_in_1_bits_uop_is_jal : io_in_2_bits_uop_is_jal; // @[Arbiter.scala 126:27 Arbiter.scala 128:19 Arbiter.scala 124:15]
  wire  _GEN_60 = io_in_1_valid ? io_in_1_bits_uop_is_jalr : io_in_2_bits_uop_is_jalr; // @[Arbiter.scala 126:27 Arbiter.scala 128:19 Arbiter.scala 124:15]
  wire  _GEN_61 = io_in_1_valid ? io_in_1_bits_uop_is_br : io_in_2_bits_uop_is_br; // @[Arbiter.scala 126:27 Arbiter.scala 128:19 Arbiter.scala 124:15]
  wire  _GEN_62 = io_in_1_valid ? io_in_1_bits_uop_iw_p2_poisoned : io_in_2_bits_uop_iw_p2_poisoned; // @[Arbiter.scala 126:27 Arbiter.scala 128:19 Arbiter.scala 124:15]
  wire  _GEN_63 = io_in_1_valid ? io_in_1_bits_uop_iw_p1_poisoned : io_in_2_bits_uop_iw_p1_poisoned; // @[Arbiter.scala 126:27 Arbiter.scala 128:19 Arbiter.scala 124:15]
  wire [1:0] _GEN_64 = io_in_1_valid ? io_in_1_bits_uop_iw_state : io_in_2_bits_uop_iw_state; // @[Arbiter.scala 126:27 Arbiter.scala 128:19 Arbiter.scala 124:15]
  wire [1:0] _GEN_65 = io_in_1_valid ? io_in_1_bits_uop_ctrl_op3_sel : io_in_2_bits_uop_ctrl_op3_sel; // @[Arbiter.scala 126:27 Arbiter.scala 128:19 Arbiter.scala 124:15]
  wire  _GEN_66 = io_in_1_valid ? io_in_1_bits_uop_ctrl_is_std : io_in_2_bits_uop_ctrl_is_std; // @[Arbiter.scala 126:27 Arbiter.scala 128:19 Arbiter.scala 124:15]
  wire  _GEN_67 = io_in_1_valid ? io_in_1_bits_uop_ctrl_is_sta : io_in_2_bits_uop_ctrl_is_sta; // @[Arbiter.scala 126:27 Arbiter.scala 128:19 Arbiter.scala 124:15]
  wire  _GEN_68 = io_in_1_valid ? io_in_1_bits_uop_ctrl_is_load : io_in_2_bits_uop_ctrl_is_load; // @[Arbiter.scala 126:27 Arbiter.scala 128:19 Arbiter.scala 124:15]
  wire [2:0] _GEN_69 = io_in_1_valid ? io_in_1_bits_uop_ctrl_csr_cmd : io_in_2_bits_uop_ctrl_csr_cmd; // @[Arbiter.scala 126:27 Arbiter.scala 128:19 Arbiter.scala 124:15]
  wire  _GEN_70 = io_in_1_valid ? io_in_1_bits_uop_ctrl_fcn_dw : io_in_2_bits_uop_ctrl_fcn_dw; // @[Arbiter.scala 126:27 Arbiter.scala 128:19 Arbiter.scala 124:15]
  wire [3:0] _GEN_71 = io_in_1_valid ? io_in_1_bits_uop_ctrl_op_fcn : io_in_2_bits_uop_ctrl_op_fcn; // @[Arbiter.scala 126:27 Arbiter.scala 128:19 Arbiter.scala 124:15]
  wire [2:0] _GEN_72 = io_in_1_valid ? io_in_1_bits_uop_ctrl_imm_sel : io_in_2_bits_uop_ctrl_imm_sel; // @[Arbiter.scala 126:27 Arbiter.scala 128:19 Arbiter.scala 124:15]
  wire [2:0] _GEN_73 = io_in_1_valid ? io_in_1_bits_uop_ctrl_op2_sel : io_in_2_bits_uop_ctrl_op2_sel; // @[Arbiter.scala 126:27 Arbiter.scala 128:19 Arbiter.scala 124:15]
  wire [1:0] _GEN_74 = io_in_1_valid ? io_in_1_bits_uop_ctrl_op1_sel : io_in_2_bits_uop_ctrl_op1_sel; // @[Arbiter.scala 126:27 Arbiter.scala 128:19 Arbiter.scala 124:15]
  wire [3:0] _GEN_75 = io_in_1_valid ? io_in_1_bits_uop_ctrl_br_type : io_in_2_bits_uop_ctrl_br_type; // @[Arbiter.scala 126:27 Arbiter.scala 128:19 Arbiter.scala 124:15]
  wire [9:0] _GEN_76 = io_in_1_valid ? io_in_1_bits_uop_fu_code : io_in_2_bits_uop_fu_code; // @[Arbiter.scala 126:27 Arbiter.scala 128:19 Arbiter.scala 124:15]
  wire [2:0] _GEN_77 = io_in_1_valid ? io_in_1_bits_uop_iq_type : io_in_2_bits_uop_iq_type; // @[Arbiter.scala 126:27 Arbiter.scala 128:19 Arbiter.scala 124:15]
  wire [39:0] _GEN_78 = io_in_1_valid ? io_in_1_bits_uop_debug_pc : io_in_2_bits_uop_debug_pc; // @[Arbiter.scala 126:27 Arbiter.scala 128:19 Arbiter.scala 124:15]
  wire  _GEN_79 = io_in_1_valid ? io_in_1_bits_uop_is_rvc : io_in_2_bits_uop_is_rvc; // @[Arbiter.scala 126:27 Arbiter.scala 128:19 Arbiter.scala 124:15]
  wire [31:0] _GEN_80 = io_in_1_valid ? io_in_1_bits_uop_debug_inst : io_in_2_bits_uop_debug_inst; // @[Arbiter.scala 126:27 Arbiter.scala 128:19 Arbiter.scala 124:15]
  wire [31:0] _GEN_81 = io_in_1_valid ? io_in_1_bits_uop_inst : io_in_2_bits_uop_inst; // @[Arbiter.scala 126:27 Arbiter.scala 128:19 Arbiter.scala 124:15]
  wire [6:0] _GEN_82 = io_in_1_valid ? io_in_1_bits_uop_uopc : io_in_2_bits_uop_uopc; // @[Arbiter.scala 126:27 Arbiter.scala 128:19 Arbiter.scala 124:15]
  wire [5:0] _GEN_83 = io_in_1_valid ? io_in_1_bits_uop_address_num : io_in_2_bits_uop_address_num; // @[Arbiter.scala 126:27 Arbiter.scala 128:19 Arbiter.scala 124:15]
  wire [5:0] _GEN_84 = io_in_1_valid ? io_in_1_bits_uop_rob_inst_idx : io_in_2_bits_uop_rob_inst_idx; // @[Arbiter.scala 126:27 Arbiter.scala 128:19 Arbiter.scala 124:15]
  wire [5:0] _GEN_85 = io_in_1_valid ? io_in_1_bits_uop_self_index : io_in_2_bits_uop_self_index; // @[Arbiter.scala 126:27 Arbiter.scala 128:19 Arbiter.scala 124:15]
  wire [5:0] _GEN_86 = io_in_1_valid ? io_in_1_bits_uop_split_num : io_in_2_bits_uop_split_num; // @[Arbiter.scala 126:27 Arbiter.scala 128:19 Arbiter.scala 124:15]
  wire [3:0] _GEN_87 = io_in_1_valid ? io_in_1_bits_uop_op2_sel : io_in_2_bits_uop_op2_sel; // @[Arbiter.scala 126:27 Arbiter.scala 128:19 Arbiter.scala 124:15]
  wire [3:0] _GEN_88 = io_in_1_valid ? io_in_1_bits_uop_op1_sel : io_in_2_bits_uop_op1_sel; // @[Arbiter.scala 126:27 Arbiter.scala 128:19 Arbiter.scala 124:15]
  wire [3:0] _GEN_89 = io_in_1_valid ? io_in_1_bits_uop_stale_pflag : io_in_2_bits_uop_stale_pflag; // @[Arbiter.scala 126:27 Arbiter.scala 128:19 Arbiter.scala 124:15]
  wire  _GEN_90 = io_in_1_valid ? io_in_1_bits_uop_pflag_busy : io_in_2_bits_uop_pflag_busy; // @[Arbiter.scala 126:27 Arbiter.scala 128:19 Arbiter.scala 124:15]
  wire [3:0] _GEN_91 = io_in_1_valid ? io_in_1_bits_uop_pwflag : io_in_2_bits_uop_pwflag; // @[Arbiter.scala 126:27 Arbiter.scala 128:19 Arbiter.scala 124:15]
  wire [3:0] _GEN_92 = io_in_1_valid ? io_in_1_bits_uop_prflag : io_in_2_bits_uop_prflag; // @[Arbiter.scala 126:27 Arbiter.scala 128:19 Arbiter.scala 124:15]
  wire  _GEN_93 = io_in_1_valid ? io_in_1_bits_uop_wflag : io_in_2_bits_uop_wflag; // @[Arbiter.scala 126:27 Arbiter.scala 128:19 Arbiter.scala 124:15]
  wire  _GEN_94 = io_in_1_valid ? io_in_1_bits_uop_rflag : io_in_2_bits_uop_rflag; // @[Arbiter.scala 126:27 Arbiter.scala 128:19 Arbiter.scala 124:15]
  wire [1:0] _GEN_95 = io_in_1_valid ? io_in_1_bits_uop_lrs3_rtype : io_in_2_bits_uop_lrs3_rtype; // @[Arbiter.scala 126:27 Arbiter.scala 128:19 Arbiter.scala 124:15]
  wire [2:0] _GEN_96 = io_in_1_valid ? io_in_1_bits_uop_shift : io_in_2_bits_uop_shift; // @[Arbiter.scala 126:27 Arbiter.scala 128:19 Arbiter.scala 124:15]
  wire  _GEN_97 = io_in_1_valid ? io_in_1_bits_uop_is_unicore : io_in_2_bits_uop_is_unicore; // @[Arbiter.scala 126:27 Arbiter.scala 128:19 Arbiter.scala 124:15]
  wire  _GEN_98 = io_in_1_valid ? io_in_1_bits_uop_switch_off : io_in_2_bits_uop_switch_off; // @[Arbiter.scala 126:27 Arbiter.scala 128:19 Arbiter.scala 124:15]
  wire  _GEN_99 = io_in_1_valid ? io_in_1_bits_uop_switch : io_in_2_bits_uop_switch; // @[Arbiter.scala 126:27 Arbiter.scala 128:19 Arbiter.scala 124:15]
  wire  grant_1 = ~io_in_0_valid; // @[Arbiter.scala 31:78]
  wire  grant_2 = ~(io_in_0_valid | io_in_1_valid); // @[Arbiter.scala 31:78]
  assign io_in_0_ready = io_out_ready; // @[Arbiter.scala 134:19]
  assign io_in_1_ready = grant_1 & io_out_ready; // @[Arbiter.scala 134:19]
  assign io_in_2_ready = grant_2 & io_out_ready; // @[Arbiter.scala 134:19]
  assign io_out_valid = ~grant_2 | io_in_2_valid; // @[Arbiter.scala 135:31]
  assign io_out_bits_uop_switch = io_in_0_valid ? io_in_0_bits_uop_switch : _GEN_99; // @[Arbiter.scala 126:27 Arbiter.scala 128:19]
  assign io_out_bits_uop_switch_off = io_in_0_valid ? io_in_0_bits_uop_switch_off : _GEN_98; // @[Arbiter.scala 126:27 Arbiter.scala 128:19]
  assign io_out_bits_uop_is_unicore = io_in_0_valid ? io_in_0_bits_uop_is_unicore : _GEN_97; // @[Arbiter.scala 126:27 Arbiter.scala 128:19]
  assign io_out_bits_uop_shift = io_in_0_valid ? io_in_0_bits_uop_shift : _GEN_96; // @[Arbiter.scala 126:27 Arbiter.scala 128:19]
  assign io_out_bits_uop_lrs3_rtype = io_in_0_valid ? io_in_0_bits_uop_lrs3_rtype : _GEN_95; // @[Arbiter.scala 126:27 Arbiter.scala 128:19]
  assign io_out_bits_uop_rflag = io_in_0_valid ? io_in_0_bits_uop_rflag : _GEN_94; // @[Arbiter.scala 126:27 Arbiter.scala 128:19]
  assign io_out_bits_uop_wflag = io_in_0_valid ? io_in_0_bits_uop_wflag : _GEN_93; // @[Arbiter.scala 126:27 Arbiter.scala 128:19]
  assign io_out_bits_uop_prflag = io_in_0_valid ? io_in_0_bits_uop_prflag : _GEN_92; // @[Arbiter.scala 126:27 Arbiter.scala 128:19]
  assign io_out_bits_uop_pwflag = io_in_0_valid ? io_in_0_bits_uop_pwflag : _GEN_91; // @[Arbiter.scala 126:27 Arbiter.scala 128:19]
  assign io_out_bits_uop_pflag_busy = io_in_0_valid ? io_in_0_bits_uop_pflag_busy : _GEN_90; // @[Arbiter.scala 126:27 Arbiter.scala 128:19]
  assign io_out_bits_uop_stale_pflag = io_in_0_valid ? io_in_0_bits_uop_stale_pflag : _GEN_89; // @[Arbiter.scala 126:27 Arbiter.scala 128:19]
  assign io_out_bits_uop_op1_sel = io_in_0_valid ? io_in_0_bits_uop_op1_sel : _GEN_88; // @[Arbiter.scala 126:27 Arbiter.scala 128:19]
  assign io_out_bits_uop_op2_sel = io_in_0_valid ? io_in_0_bits_uop_op2_sel : _GEN_87; // @[Arbiter.scala 126:27 Arbiter.scala 128:19]
  assign io_out_bits_uop_split_num = io_in_0_valid ? io_in_0_bits_uop_split_num : _GEN_86; // @[Arbiter.scala 126:27 Arbiter.scala 128:19]
  assign io_out_bits_uop_self_index = io_in_0_valid ? io_in_0_bits_uop_self_index : _GEN_85; // @[Arbiter.scala 126:27 Arbiter.scala 128:19]
  assign io_out_bits_uop_rob_inst_idx = io_in_0_valid ? io_in_0_bits_uop_rob_inst_idx : _GEN_84; // @[Arbiter.scala 126:27 Arbiter.scala 128:19]
  assign io_out_bits_uop_address_num = io_in_0_valid ? io_in_0_bits_uop_address_num : _GEN_83; // @[Arbiter.scala 126:27 Arbiter.scala 128:19]
  assign io_out_bits_uop_uopc = io_in_0_valid ? io_in_0_bits_uop_uopc : _GEN_82; // @[Arbiter.scala 126:27 Arbiter.scala 128:19]
  assign io_out_bits_uop_inst = io_in_0_valid ? io_in_0_bits_uop_inst : _GEN_81; // @[Arbiter.scala 126:27 Arbiter.scala 128:19]
  assign io_out_bits_uop_debug_inst = io_in_0_valid ? io_in_0_bits_uop_debug_inst : _GEN_80; // @[Arbiter.scala 126:27 Arbiter.scala 128:19]
  assign io_out_bits_uop_is_rvc = io_in_0_valid ? io_in_0_bits_uop_is_rvc : _GEN_79; // @[Arbiter.scala 126:27 Arbiter.scala 128:19]
  assign io_out_bits_uop_debug_pc = io_in_0_valid ? io_in_0_bits_uop_debug_pc : _GEN_78; // @[Arbiter.scala 126:27 Arbiter.scala 128:19]
  assign io_out_bits_uop_iq_type = io_in_0_valid ? io_in_0_bits_uop_iq_type : _GEN_77; // @[Arbiter.scala 126:27 Arbiter.scala 128:19]
  assign io_out_bits_uop_fu_code = io_in_0_valid ? io_in_0_bits_uop_fu_code : _GEN_76; // @[Arbiter.scala 126:27 Arbiter.scala 128:19]
  assign io_out_bits_uop_ctrl_br_type = io_in_0_valid ? io_in_0_bits_uop_ctrl_br_type : _GEN_75; // @[Arbiter.scala 126:27 Arbiter.scala 128:19]
  assign io_out_bits_uop_ctrl_op1_sel = io_in_0_valid ? io_in_0_bits_uop_ctrl_op1_sel : _GEN_74; // @[Arbiter.scala 126:27 Arbiter.scala 128:19]
  assign io_out_bits_uop_ctrl_op2_sel = io_in_0_valid ? io_in_0_bits_uop_ctrl_op2_sel : _GEN_73; // @[Arbiter.scala 126:27 Arbiter.scala 128:19]
  assign io_out_bits_uop_ctrl_imm_sel = io_in_0_valid ? io_in_0_bits_uop_ctrl_imm_sel : _GEN_72; // @[Arbiter.scala 126:27 Arbiter.scala 128:19]
  assign io_out_bits_uop_ctrl_op_fcn = io_in_0_valid ? io_in_0_bits_uop_ctrl_op_fcn : _GEN_71; // @[Arbiter.scala 126:27 Arbiter.scala 128:19]
  assign io_out_bits_uop_ctrl_fcn_dw = io_in_0_valid ? io_in_0_bits_uop_ctrl_fcn_dw : _GEN_70; // @[Arbiter.scala 126:27 Arbiter.scala 128:19]
  assign io_out_bits_uop_ctrl_csr_cmd = io_in_0_valid ? io_in_0_bits_uop_ctrl_csr_cmd : _GEN_69; // @[Arbiter.scala 126:27 Arbiter.scala 128:19]
  assign io_out_bits_uop_ctrl_is_load = io_in_0_valid ? io_in_0_bits_uop_ctrl_is_load : _GEN_68; // @[Arbiter.scala 126:27 Arbiter.scala 128:19]
  assign io_out_bits_uop_ctrl_is_sta = io_in_0_valid ? io_in_0_bits_uop_ctrl_is_sta : _GEN_67; // @[Arbiter.scala 126:27 Arbiter.scala 128:19]
  assign io_out_bits_uop_ctrl_is_std = io_in_0_valid ? io_in_0_bits_uop_ctrl_is_std : _GEN_66; // @[Arbiter.scala 126:27 Arbiter.scala 128:19]
  assign io_out_bits_uop_ctrl_op3_sel = io_in_0_valid ? io_in_0_bits_uop_ctrl_op3_sel : _GEN_65; // @[Arbiter.scala 126:27 Arbiter.scala 128:19]
  assign io_out_bits_uop_iw_state = io_in_0_valid ? io_in_0_bits_uop_iw_state : _GEN_64; // @[Arbiter.scala 126:27 Arbiter.scala 128:19]
  assign io_out_bits_uop_iw_p1_poisoned = io_in_0_valid ? io_in_0_bits_uop_iw_p1_poisoned : _GEN_63; // @[Arbiter.scala 126:27 Arbiter.scala 128:19]
  assign io_out_bits_uop_iw_p2_poisoned = io_in_0_valid ? io_in_0_bits_uop_iw_p2_poisoned : _GEN_62; // @[Arbiter.scala 126:27 Arbiter.scala 128:19]
  assign io_out_bits_uop_is_br = io_in_0_valid ? io_in_0_bits_uop_is_br : _GEN_61; // @[Arbiter.scala 126:27 Arbiter.scala 128:19]
  assign io_out_bits_uop_is_jalr = io_in_0_valid ? io_in_0_bits_uop_is_jalr : _GEN_60; // @[Arbiter.scala 126:27 Arbiter.scala 128:19]
  assign io_out_bits_uop_is_jal = io_in_0_valid ? io_in_0_bits_uop_is_jal : _GEN_59; // @[Arbiter.scala 126:27 Arbiter.scala 128:19]
  assign io_out_bits_uop_is_sfb = io_in_0_valid ? io_in_0_bits_uop_is_sfb : _GEN_58; // @[Arbiter.scala 126:27 Arbiter.scala 128:19]
  assign io_out_bits_uop_br_mask = io_in_0_valid ? io_in_0_bits_uop_br_mask : _GEN_57; // @[Arbiter.scala 126:27 Arbiter.scala 128:19]
  assign io_out_bits_uop_br_tag = io_in_0_valid ? io_in_0_bits_uop_br_tag : _GEN_56; // @[Arbiter.scala 126:27 Arbiter.scala 128:19]
  assign io_out_bits_uop_ftq_idx = io_in_0_valid ? io_in_0_bits_uop_ftq_idx : _GEN_55; // @[Arbiter.scala 126:27 Arbiter.scala 128:19]
  assign io_out_bits_uop_edge_inst = io_in_0_valid ? io_in_0_bits_uop_edge_inst : _GEN_54; // @[Arbiter.scala 126:27 Arbiter.scala 128:19]
  assign io_out_bits_uop_pc_lob = io_in_0_valid ? io_in_0_bits_uop_pc_lob : _GEN_53; // @[Arbiter.scala 126:27 Arbiter.scala 128:19]
  assign io_out_bits_uop_taken = io_in_0_valid ? io_in_0_bits_uop_taken : _GEN_52; // @[Arbiter.scala 126:27 Arbiter.scala 128:19]
  assign io_out_bits_uop_imm_packed = io_in_0_valid ? io_in_0_bits_uop_imm_packed : _GEN_51; // @[Arbiter.scala 126:27 Arbiter.scala 128:19]
  assign io_out_bits_uop_csr_addr = io_in_0_valid ? io_in_0_bits_uop_csr_addr : _GEN_50; // @[Arbiter.scala 126:27 Arbiter.scala 128:19]
  assign io_out_bits_uop_rob_idx = io_in_0_valid ? io_in_0_bits_uop_rob_idx : _GEN_49; // @[Arbiter.scala 126:27 Arbiter.scala 128:19]
  assign io_out_bits_uop_ldq_idx = io_in_0_valid ? io_in_0_bits_uop_ldq_idx : _GEN_48; // @[Arbiter.scala 126:27 Arbiter.scala 128:19]
  assign io_out_bits_uop_stq_idx = io_in_0_valid ? io_in_0_bits_uop_stq_idx : _GEN_47; // @[Arbiter.scala 126:27 Arbiter.scala 128:19]
  assign io_out_bits_uop_rxq_idx = io_in_0_valid ? io_in_0_bits_uop_rxq_idx : _GEN_46; // @[Arbiter.scala 126:27 Arbiter.scala 128:19]
  assign io_out_bits_uop_pdst = io_in_0_valid ? io_in_0_bits_uop_pdst : _GEN_45; // @[Arbiter.scala 126:27 Arbiter.scala 128:19]
  assign io_out_bits_uop_prs1 = io_in_0_valid ? io_in_0_bits_uop_prs1 : _GEN_44; // @[Arbiter.scala 126:27 Arbiter.scala 128:19]
  assign io_out_bits_uop_prs2 = io_in_0_valid ? io_in_0_bits_uop_prs2 : _GEN_43; // @[Arbiter.scala 126:27 Arbiter.scala 128:19]
  assign io_out_bits_uop_prs3 = io_in_0_valid ? io_in_0_bits_uop_prs3 : _GEN_42; // @[Arbiter.scala 126:27 Arbiter.scala 128:19]
  assign io_out_bits_uop_ppred = io_in_0_valid ? io_in_0_bits_uop_ppred : _GEN_41; // @[Arbiter.scala 126:27 Arbiter.scala 128:19]
  assign io_out_bits_uop_prs1_busy = io_in_0_valid ? io_in_0_bits_uop_prs1_busy : _GEN_40; // @[Arbiter.scala 126:27 Arbiter.scala 128:19]
  assign io_out_bits_uop_prs2_busy = io_in_0_valid ? io_in_0_bits_uop_prs2_busy : _GEN_39; // @[Arbiter.scala 126:27 Arbiter.scala 128:19]
  assign io_out_bits_uop_prs3_busy = io_in_0_valid ? io_in_0_bits_uop_prs3_busy : _GEN_38; // @[Arbiter.scala 126:27 Arbiter.scala 128:19]
  assign io_out_bits_uop_ppred_busy = io_in_0_valid ? io_in_0_bits_uop_ppred_busy : _GEN_37; // @[Arbiter.scala 126:27 Arbiter.scala 128:19]
  assign io_out_bits_uop_stale_pdst = io_in_0_valid ? io_in_0_bits_uop_stale_pdst : _GEN_36; // @[Arbiter.scala 126:27 Arbiter.scala 128:19]
  assign io_out_bits_uop_exception = io_in_0_valid ? io_in_0_bits_uop_exception : _GEN_35; // @[Arbiter.scala 126:27 Arbiter.scala 128:19]
  assign io_out_bits_uop_exc_cause = io_in_0_valid ? io_in_0_bits_uop_exc_cause : _GEN_34; // @[Arbiter.scala 126:27 Arbiter.scala 128:19]
  assign io_out_bits_uop_bypassable = io_in_0_valid ? io_in_0_bits_uop_bypassable : _GEN_33; // @[Arbiter.scala 126:27 Arbiter.scala 128:19]
  assign io_out_bits_uop_mem_cmd = io_in_0_valid ? io_in_0_bits_uop_mem_cmd : _GEN_32; // @[Arbiter.scala 126:27 Arbiter.scala 128:19]
  assign io_out_bits_uop_mem_size = io_in_0_valid ? io_in_0_bits_uop_mem_size : _GEN_31; // @[Arbiter.scala 126:27 Arbiter.scala 128:19]
  assign io_out_bits_uop_mem_signed = io_in_0_valid ? io_in_0_bits_uop_mem_signed : _GEN_30; // @[Arbiter.scala 126:27 Arbiter.scala 128:19]
  assign io_out_bits_uop_is_fence = io_in_0_valid ? io_in_0_bits_uop_is_fence : _GEN_29; // @[Arbiter.scala 126:27 Arbiter.scala 128:19]
  assign io_out_bits_uop_is_fencei = io_in_0_valid ? io_in_0_bits_uop_is_fencei : _GEN_28; // @[Arbiter.scala 126:27 Arbiter.scala 128:19]
  assign io_out_bits_uop_is_amo = io_in_0_valid ? io_in_0_bits_uop_is_amo : _GEN_27; // @[Arbiter.scala 126:27 Arbiter.scala 128:19]
  assign io_out_bits_uop_uses_ldq = io_in_0_valid ? io_in_0_bits_uop_uses_ldq : _GEN_26; // @[Arbiter.scala 126:27 Arbiter.scala 128:19]
  assign io_out_bits_uop_uses_stq = io_in_0_valid ? io_in_0_bits_uop_uses_stq : _GEN_25; // @[Arbiter.scala 126:27 Arbiter.scala 128:19]
  assign io_out_bits_uop_is_sys_pc2epc = io_in_0_valid ? io_in_0_bits_uop_is_sys_pc2epc : _GEN_24; // @[Arbiter.scala 126:27 Arbiter.scala 128:19]
  assign io_out_bits_uop_is_unique = io_in_0_valid ? io_in_0_bits_uop_is_unique : _GEN_23; // @[Arbiter.scala 126:27 Arbiter.scala 128:19]
  assign io_out_bits_uop_flush_on_commit = io_in_0_valid ? io_in_0_bits_uop_flush_on_commit : _GEN_22; // @[Arbiter.scala 126:27 Arbiter.scala 128:19]
  assign io_out_bits_uop_ldst_is_rs1 = io_in_0_valid ? io_in_0_bits_uop_ldst_is_rs1 : _GEN_21; // @[Arbiter.scala 126:27 Arbiter.scala 128:19]
  assign io_out_bits_uop_ldst = io_in_0_valid ? io_in_0_bits_uop_ldst : _GEN_20; // @[Arbiter.scala 126:27 Arbiter.scala 128:19]
  assign io_out_bits_uop_lrs1 = io_in_0_valid ? io_in_0_bits_uop_lrs1 : _GEN_19; // @[Arbiter.scala 126:27 Arbiter.scala 128:19]
  assign io_out_bits_uop_lrs2 = io_in_0_valid ? io_in_0_bits_uop_lrs2 : _GEN_18; // @[Arbiter.scala 126:27 Arbiter.scala 128:19]
  assign io_out_bits_uop_lrs3 = io_in_0_valid ? io_in_0_bits_uop_lrs3 : _GEN_17; // @[Arbiter.scala 126:27 Arbiter.scala 128:19]
  assign io_out_bits_uop_ldst_val = io_in_0_valid ? io_in_0_bits_uop_ldst_val : _GEN_16; // @[Arbiter.scala 126:27 Arbiter.scala 128:19]
  assign io_out_bits_uop_dst_rtype = io_in_0_valid ? io_in_0_bits_uop_dst_rtype : _GEN_15; // @[Arbiter.scala 126:27 Arbiter.scala 128:19]
  assign io_out_bits_uop_lrs1_rtype = io_in_0_valid ? io_in_0_bits_uop_lrs1_rtype : _GEN_14; // @[Arbiter.scala 126:27 Arbiter.scala 128:19]
  assign io_out_bits_uop_lrs2_rtype = io_in_0_valid ? io_in_0_bits_uop_lrs2_rtype : _GEN_13; // @[Arbiter.scala 126:27 Arbiter.scala 128:19]
  assign io_out_bits_uop_frs3_en = io_in_0_valid ? io_in_0_bits_uop_frs3_en : _GEN_12; // @[Arbiter.scala 126:27 Arbiter.scala 128:19]
  assign io_out_bits_uop_fp_val = io_in_0_valid ? io_in_0_bits_uop_fp_val : _GEN_11; // @[Arbiter.scala 126:27 Arbiter.scala 128:19]
  assign io_out_bits_uop_fp_single = io_in_0_valid ? io_in_0_bits_uop_fp_single : _GEN_10; // @[Arbiter.scala 126:27 Arbiter.scala 128:19]
  assign io_out_bits_uop_xcpt_pf_if = io_in_0_valid ? io_in_0_bits_uop_xcpt_pf_if : _GEN_9; // @[Arbiter.scala 126:27 Arbiter.scala 128:19]
  assign io_out_bits_uop_xcpt_ae_if = io_in_0_valid ? io_in_0_bits_uop_xcpt_ae_if : _GEN_8; // @[Arbiter.scala 126:27 Arbiter.scala 128:19]
  assign io_out_bits_uop_xcpt_ma_if = io_in_0_valid ? io_in_0_bits_uop_xcpt_ma_if : _GEN_7; // @[Arbiter.scala 126:27 Arbiter.scala 128:19]
  assign io_out_bits_uop_bp_debug_if = io_in_0_valid ? io_in_0_bits_uop_bp_debug_if : _GEN_6; // @[Arbiter.scala 126:27 Arbiter.scala 128:19]
  assign io_out_bits_uop_bp_xcpt_if = io_in_0_valid ? io_in_0_bits_uop_bp_xcpt_if : _GEN_5; // @[Arbiter.scala 126:27 Arbiter.scala 128:19]
  assign io_out_bits_uop_debug_fsrc = io_in_0_valid ? io_in_0_bits_uop_debug_fsrc : _GEN_4; // @[Arbiter.scala 126:27 Arbiter.scala 128:19]
  assign io_out_bits_uop_debug_tsrc = io_in_0_valid ? io_in_0_bits_uop_debug_tsrc : _GEN_3; // @[Arbiter.scala 126:27 Arbiter.scala 128:19]
  assign io_out_bits_data = io_in_0_valid ? io_in_0_bits_data : _GEN_2; // @[Arbiter.scala 126:27 Arbiter.scala 128:19]
  assign io_out_bits_is_hella = io_in_0_valid ? io_in_0_bits_is_hella : _GEN_1; // @[Arbiter.scala 126:27 Arbiter.scala 128:19]
  assign io_chosen = io_in_0_valid ? 2'h0 : _GEN_0; // @[Arbiter.scala 126:27 Arbiter.scala 127:17]
endmodule